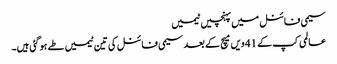
سیمی فائنل میں پہنچیں ٹیمیں
عالمی کپ کے 41 ویں میچ کے بعد سیمی فائنل کی تین ٹیمیں طے ہوگئی ہیں۔